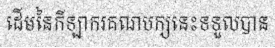
ដើមនៃកីឡាករគណបក្សនេះទទួលបាន